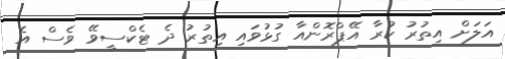
އަލަށް އިތުރު ކުރާ އޭޕްރޮންއާ ގުޅުވައި އިތުރު ދެ ޓެކްސީވޭ ވެސް އެ